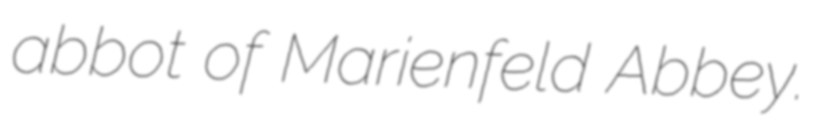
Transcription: abbot of Marienfeld Abbey.